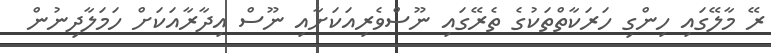
ރޭ މާލޭގައި ހިންގި ހަރަކާތްތަކުގެ ތެރޭގައި ނޫސްވެރިއަކަށާއި ނޫސް އިދާރާއަކަށް ހަމަލާދިނުން